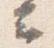
云